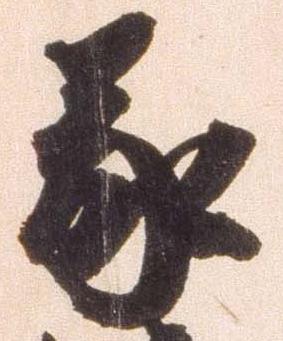
蒙